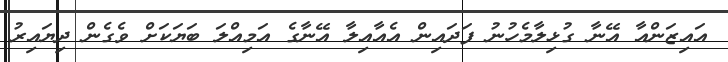
އައިޒަންއާ އޭނާ ގުޅިލާމެހުނު ފަދައިން އެއާއިލާ އޭނާގެ އަމިއްލަ ބަޔަކަށް ވެގެން ދިޔައިރު